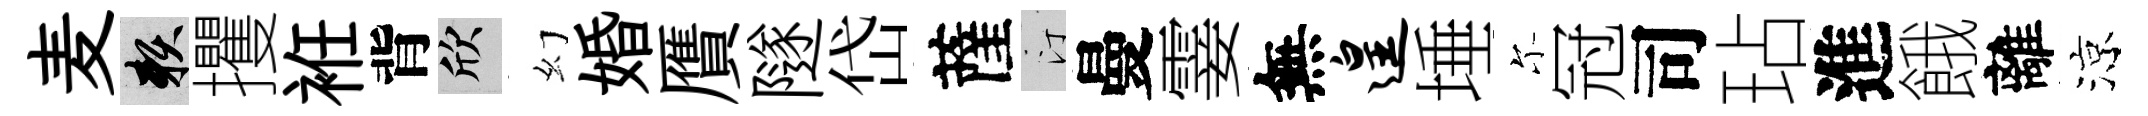
麦賴攫袵背欣幻婚贋隧岱薩汀曼霎無遑埵尓冠司玷進餓離涼